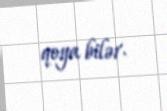
qoya bilər.